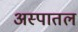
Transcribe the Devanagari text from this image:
अस्पातल